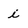
Character: i